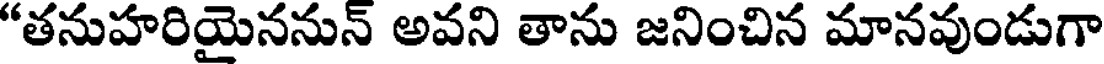
"తనుహరియైననున్ అవని తాను జనించిన మానవుండుగా